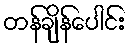
တန်ချိန်ပေါင်း